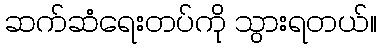
ဆက်ဆံရေးတပ်ကို သွားရတယ်။